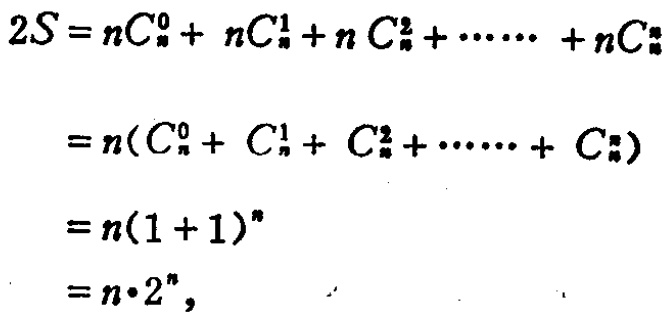
\[

\begin{align*}

2S&=nC_{n}^{0}+nC_{n}^{1}+nC_{n}^{2}+\cdots +nC_{n}^{n}\\

&=n(C_{n}^{0}+C_{n}^{1}+C_{n}^{2}+\cdots +C_{n}^{n})\\

&=n(1 + 1)^{n}\\

&=n\cdot2^{n},

\end{align*}

\]